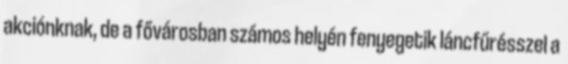
akciónknak, de a fővárosban számos helyén fenyegetik láncfűrésszel a